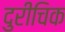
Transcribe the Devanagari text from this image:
दुरीचिक